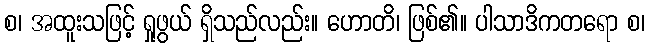
စ၊ အထူးသဖြင့် ရှုဖွယ် ရှိသည်လည်း။ ဟောတိ၊ ဖြစ်၏။ ပါသာဒိကတရော စ၊